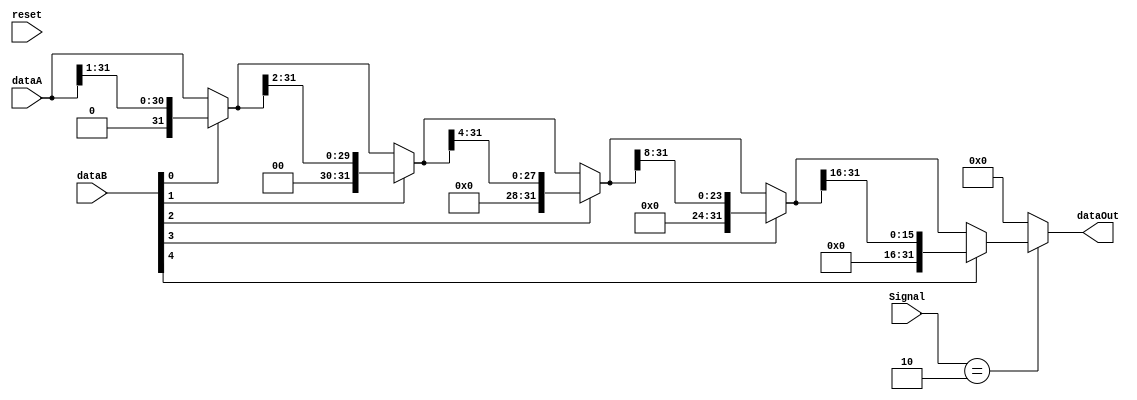
module Shifter( dataA, dataB, Signal, dataOut, reset );
input reset ;
input [31:0] dataA ;
input [31:0] dataB ;
input [5:0] Signal ;
output [31:0] dataOut ;


reg [31:0] temp ;

parameter SRL = 6'b000010;

  wire [31:0] dataTempB0,dataTempB1,dataTempB2,dataTempB3,dataTempB4 ;
    //첾        1       	2    	 	4       	8     	16

/*
=====================================================
UdҡA{gпӦѮvWһkӼg
=====================================================
*/

// =========================================================== g ======================================================== //

  assign dataTempB0 = dataB[0] ? { 1'b0 , dataA[31:1] }: dataA[31:0];
  assign dataTempB1 = dataB[1] ? { 2'b0, dataTempB0[31:2] }: dataTempB0[31:0] ;
  assign dataTempB2 = dataB[2] ? { 4'b0, dataTempB1[31:4] }: dataTempB1[31:0];
  assign dataTempB3 = dataB[3] ? { 8'b0, dataTempB2[31:8] }: dataTempB2[31:0];
  assign dataTempB4 = dataB[4] ? { 16'b0, dataTempB3[31:16] }:dataTempB3[31:0];
  assign result = ( Signal == SRL ) ? dataTempB4 : 32'b0 ;

  assign dataOut = ( Signal == SRL ) ? dataTempB4 : 32'b0 ;


// =========================================================== g ======================================================== //

/*
always@( Signal or dataA or dataB or reset )
begin
	if ( reset )
	begin
		temp = 32'b0 ;
	end
/*
resetT pGOresetNk0
*/
/*
	else
	begin
		case ( Signal )
		SRL:
		begin
			temp = dataA >> dataB ;
		end
		default: temp = 32'b0 ;	
	
		endcase
	end
/*
쾹B
*/
/*
end
assign dataOut = temp ;
*/
/*
=====================================================
WdҡA{gпӦѮvWһkӼg
=====================================================
*/

endmodule